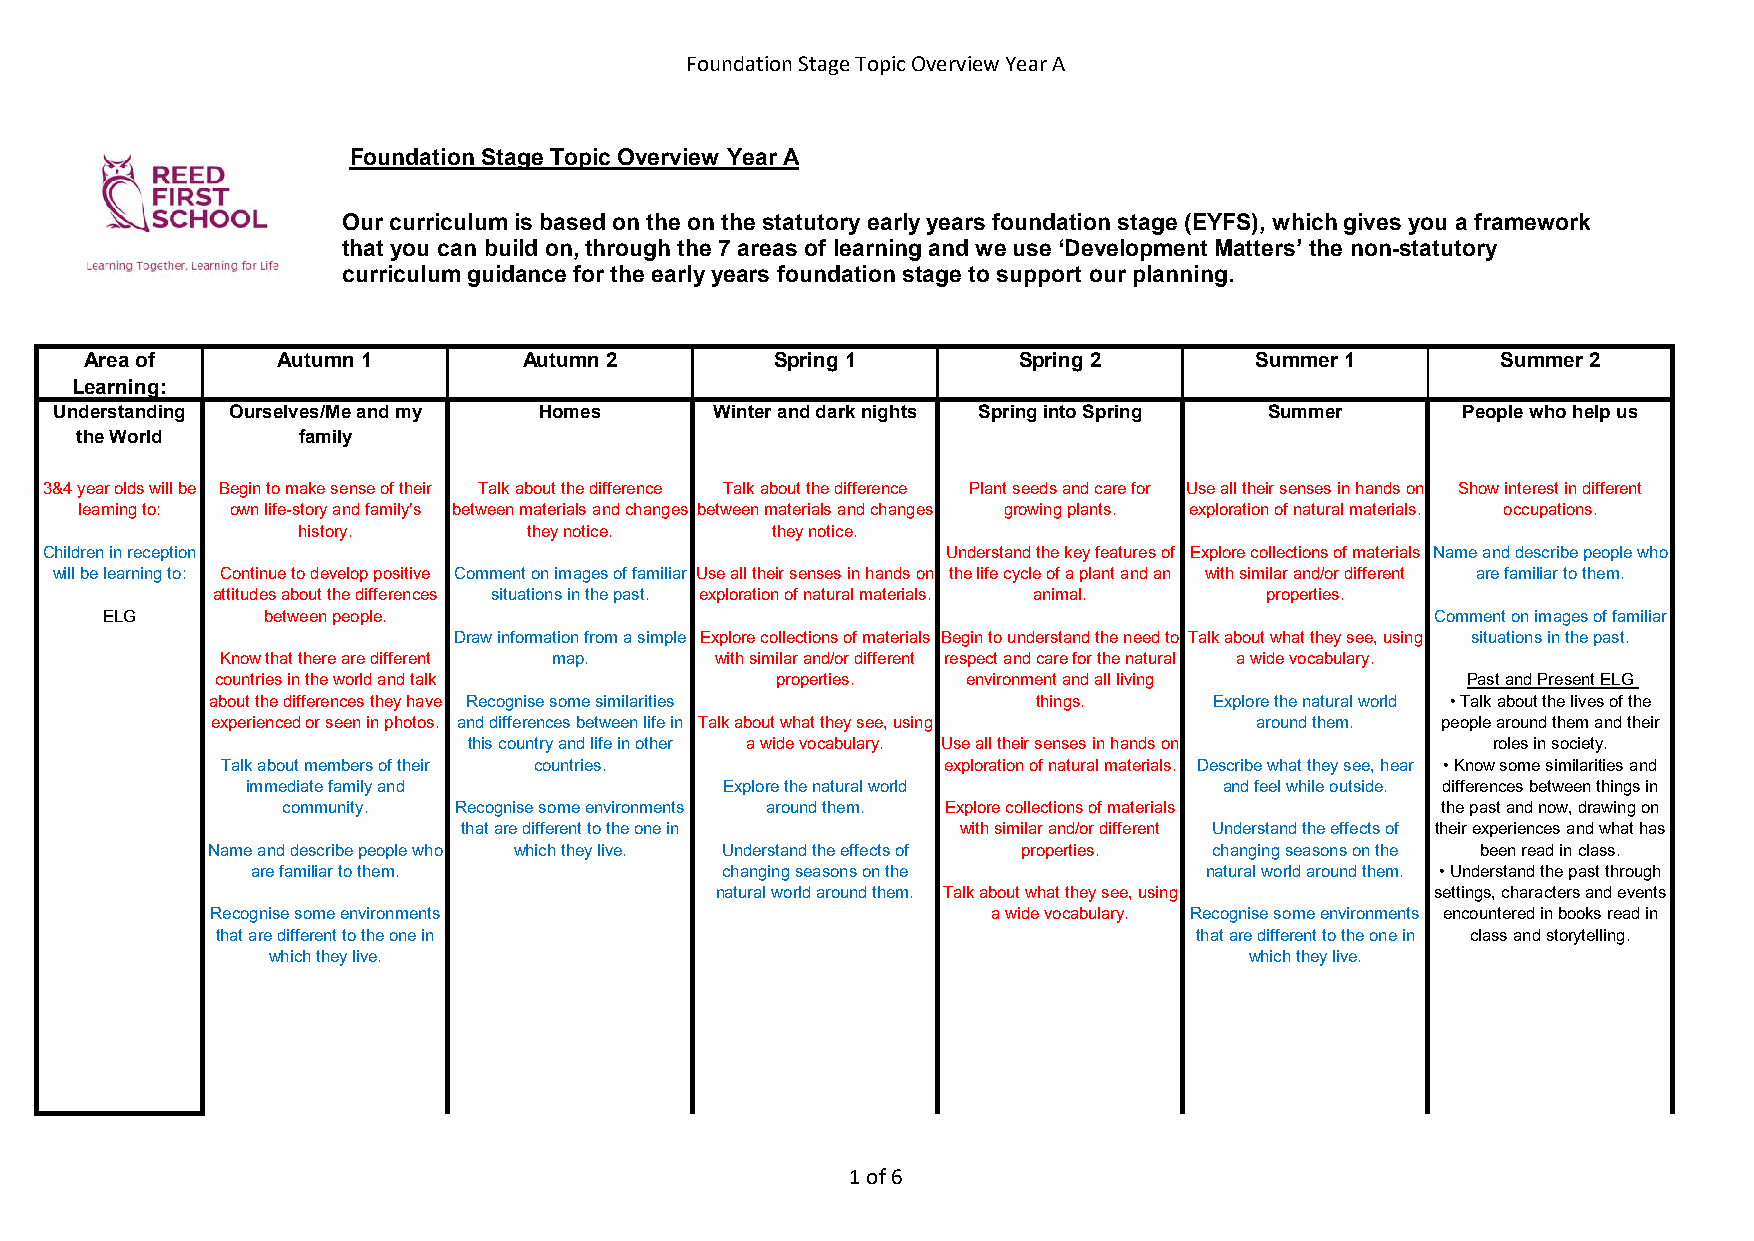
Foundation Stage Topic Overview Year A
 Foundation Stage Topic Overview Year A
 Our curriculum is based on the on the statutoryearly years foundation stage (EYFS), which gives you a framework
 that you can build on, through the 7 areas of learning and we use ‘Development Matters’the non-statutory
 curriculum guidance for the early years foundation stage to support our planning.
 Area of     Autumn 1         Autumn 2        Spring 1        Spring 2        Summer 1        Summer 2
 Learning:
 Understanding Ourselves/Me and my Homes    Winter and dark nights Spring into Spring Summer  People who help us
 the World      family
 3&4 year olds will be Begin to make sense of their Talk about the difference Talk about the difference Plant seeds and care for Use all their senses in hands on Show interest in different
 learning to: own life-story and family’s between materials and changes between materials and changes growing plants. exploration of natural materials. occupations.
 history.       they notice.    they notice.
 Children in reception                                       Understand the key features of Explore collections of materials Name and describe people who
 will be learning to: Continue to develop positive Comment on images of familiar Use all their senses in hands on the life cycle of a plant and an with similar and/or different are familiar to them.
 attitudes about the differences situations in the past. exploration of natural materials. animal. properties.
 ELG       between people.                                                               Comment on images of familiar
 Draw information from a simple Explore collections of materials Begin to understand the need to Talk about what they see, using situations in the past.
 Know that there are different map. with similar and/or different respect and care for the natural a wide vocabulary.
 countries in the world and talk      properties.  environment and all living       Past and Present ELG
 about the differences they have Recognise some similarities things. Explore the natural world • Talk about the lives of the
 experienced or seen in photos. and differences between life in Talk about what they see, using around them. people around them and their
 this country and life in other a wide vocabulary. Use all their senses in hands on roles in society.
 Talk about members of their countries.         exploration of natural materials. Describe what they see, hear • Know some similarities and
 immediate family and            Explore the natural world        and feel while outside. differences between things in
 community. Recognise some environments around them. Explore collections of materials the past and now, drawing on
 that are different to the one in with similar and/or different Understand the effects of their experiences and what has
 Name and describe people who which they live. Understand the effects of properties. changing seasons on the been read in class.
 are familiar to them.          changing seasons on the         natural world around them. • Understand the past through
 natural world around them. Talk about what they see, using settings, characters and events
 Recognise some environments                         a wide vocabulary. Recognise some environments encountered in books read in
 that are different to the one in                                 that are different to the one in class and storytelling.
 which they live.                                                 which they live.
 1 of 6